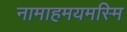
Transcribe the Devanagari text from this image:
नामाहमयमस्मि